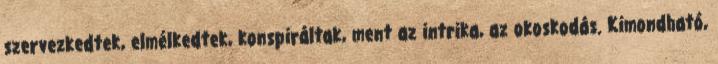
szervezkedtek, elmélkedtek, konspiráltak, ment az intrika, az okoskodás. Kimondható,